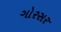
ગોરસર